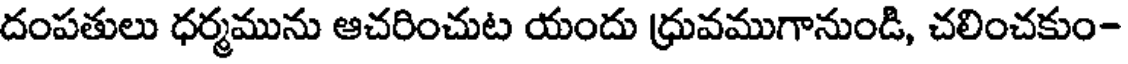
దంపతులు ధర్మమును ఆచరించుట యందు ధ్రువముగానుండి, చలించకుం-